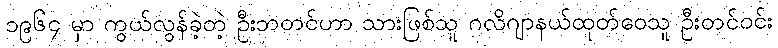
၁၉၆၄ မှာ ကွယ်လွန်ခဲ့တဲ့ ဦးဘတင်ဟာ သားဖြစ်သူ ဂလိဂျာနယ်ထုတ်ဝေသူ ဦးတင်ဝင်း